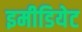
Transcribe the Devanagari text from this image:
इमीडियेट